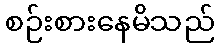
စဉ်းစားနေမိသည်